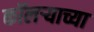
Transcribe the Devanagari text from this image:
कॉलऱ्याच्या